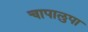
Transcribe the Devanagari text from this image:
चापालुपा